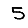
Digit: 5